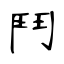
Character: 鬥